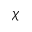
\chi